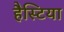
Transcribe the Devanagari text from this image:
हैस्टिया